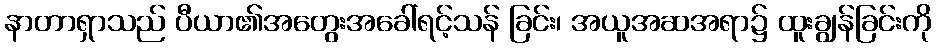
နာတာရှာသည် ပီယာ၏အတွေးအခေါ်ရင့်သန် ခြင်း၊ အယူအဆအရာ၌ ထူးချွန်ခြင်းကို